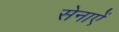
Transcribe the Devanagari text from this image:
सेनाऐं